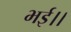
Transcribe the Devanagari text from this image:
भई।।